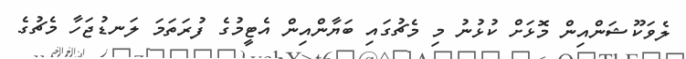
ލެވަކޫޝަންއިން މޮޅަށް ކުޅުނު މި މެޗުގައި ބަޔާންއިން އެޓީމުގެ ފުރަތަމަ ލަނޑުޖަހާ މެޗުގެ